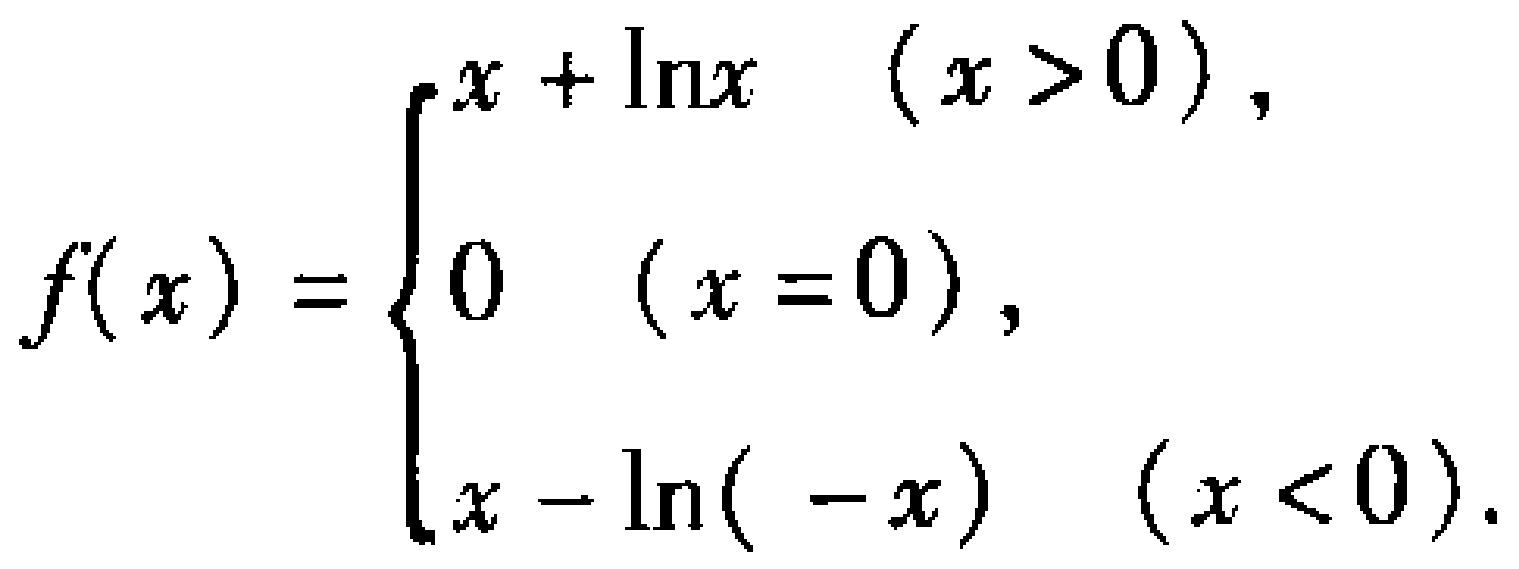
\[

f(x)=

\begin{cases}

x + \ln x & (x > 0),\\

0 & (x = 0),\\

x - \ln(-x) & (x < 0).

\end{cases}

\]